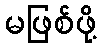
မဖြစ်ဖို့